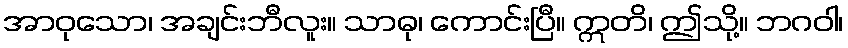
အာဝုသော၊ အချင်းဘီလူး။ သာဓု၊ ကောင်းပြီ။ ဣတိ၊ ဤသို့။ ဘဂဝါ၊